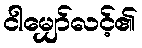
ငါမျှော်လင့်၏